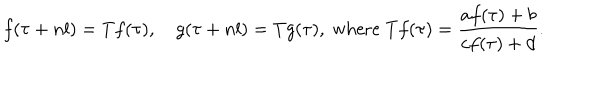
f ( \tau + n l ) = T f ( \tau ) , \quad g ( \tau + n l ) = T g ( \tau ) , \; \mathrm { w h e r e } \; T f ( \tau ) = \frac { a f ( \tau ) + b } { c f ( \tau ) + d } .